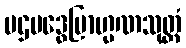
ပဌမဒွေဗြာဟ္မဏသုတ္တံ